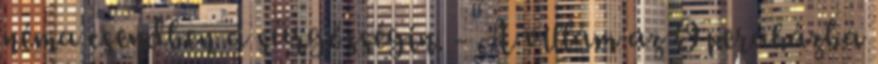
néma csendben a sürgősségin. - A villám az Operaházba